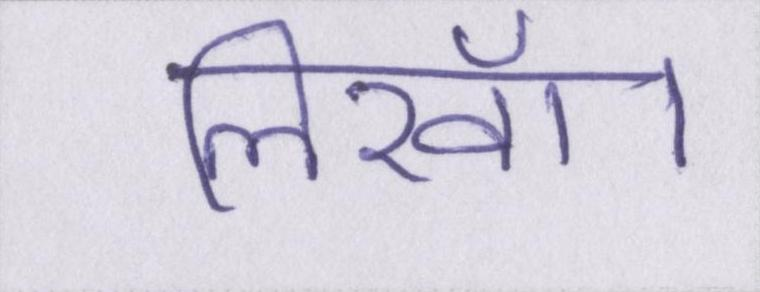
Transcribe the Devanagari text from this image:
लिखॉ।